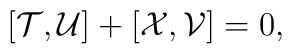
[{\cal T},{\cal U}] + [{\cal X},{\cal V}] = 0,